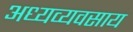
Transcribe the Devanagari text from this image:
अध्यव्यवसाय